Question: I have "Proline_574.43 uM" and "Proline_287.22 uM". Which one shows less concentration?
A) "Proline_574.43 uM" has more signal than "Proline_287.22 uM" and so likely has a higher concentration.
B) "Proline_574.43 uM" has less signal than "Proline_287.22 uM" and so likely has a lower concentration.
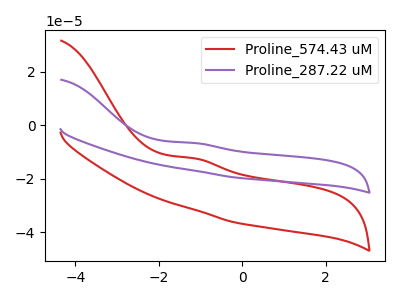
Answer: <think>The red curve "Proline_574.43 uM" has an anodic peak at: (-1.15V, -12.40uA). The purple curve "Proline_287.22 uM" has an anodic peak at: (-1.15V, -6.65uA).
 All the peaks in "Proline_574.43 uM" have a peak in "Proline_287.22 uM" at the same potential. Every peak in "Proline_574.43 uM" is lower than every peak in "Proline_287.22 uM".</think>
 <answer>B) "Proline_574.43 uM" has less signal than "Proline_287.22 uM" and so likely has a lower concentration.</answer>
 <eval>B</eval>